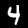
Label: 4